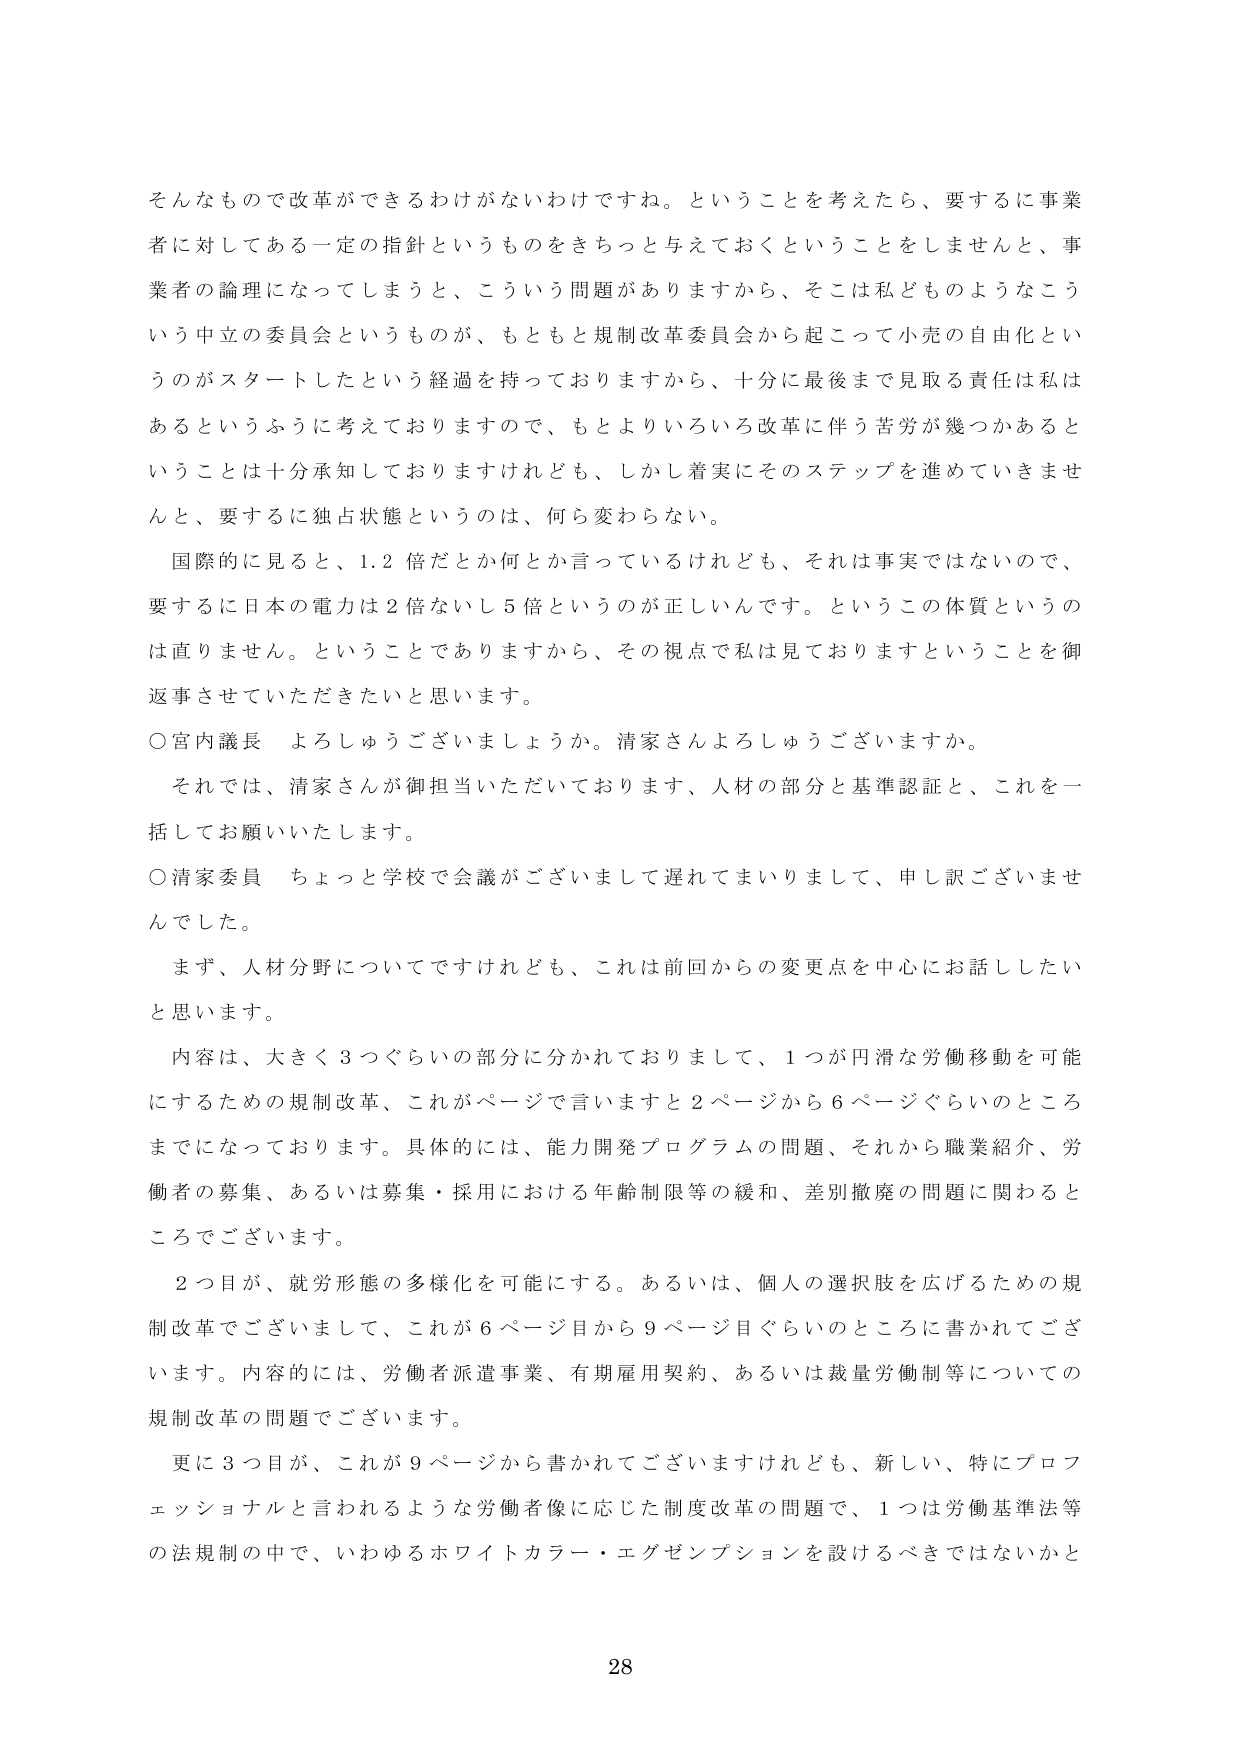
そんなもので改革ができるわけがないわけですね。ということを考えたら、要するに事業者に対してある一定の指針というものをきちっと与えておくということをしませんと、事業者の論理になってしまうと、こういう問題がありますから、そこは私どものようなこういう中立の委員会というものが、もともと規制改革委員会から起こって小売の自由化というのがスタートしたという経過を持っておりますから、十分に最後まで見取る責任は私はあるというふうに考えておりますので、もとよりいろいろ改革に伴う苦労が幾つかあるということは十分承知しておりますけれども、しかし着実にそのステップを進めていきませんと、要するに独占状態というのは、何ら変わらない。

国際的に見ると、1.2倍だとか何とか言っているけれども、それは事実ではないので、要するに日本の電力は2倍ないし5倍というのが正しいんです。というこの体質というのは直りません。ということでありますから、その視点で私は見ておりますということを御返事させていただきたいと思います。

○宮内議長 よろしゅうございましょうか。清家さんよろしゅうございますか。

それでは、清家さんが御担当いただいております、人材の部分と基準認証と、これを一括してお願いいたします。

○清家委員 ちょっと学校で会議がございまして遅れてまいりまして、申し訳ございませんでした。

まず、人材分野についてですけれども、これは前回からの変更点を中心にお話したいと思います。

内容は、大きく3つぐらいの部分に分かれておりまして、1つが円滑な労働移動を可能にするための規制改革、これがページで言いますと2ページから6ページぐらいのところまでになっております。具体的には、能力開発プログラムの問題、それから職業紹介、労働者の募集、あるいは募集・採用における年齢制限等の緩和、差別撤廃の問題に関わるところでございます。

2つ目が、就労形態の多様化を可能にする。あるいは、個人の選択肢を広げるための規制改革でございまして、これが6ページ目から9ページ目ぐらいのところに書かれてございます。内容的には、労働者派遣事業、有期雇用契約、あるいは裁量労働制等についての規制改革の問題でございます。

更に3つ目が、これが9ページから書かれてございますけれども、新しい、特にプロフェッショナルと言われるような労働者像に応じた制度改革の問題で、1つは労働基準法等の法規制の中で、いわゆるホワイトカラー・エグゼンプションを設けるべきではないかと

28